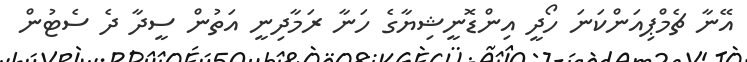
އޭނާ ޗެމްޕިއަންކަނަ ހޯދީ އިންޑޮނީޝިޔާގެ ހަނާ ރަމާދިނީ އަތުން ސީދާ ދެ ސެޓުން